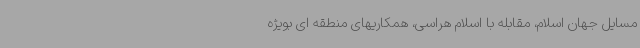
مسایل جهان اسلام، مقابله با اسلام هراسی، همکاریهای منطقه ای بویژه